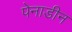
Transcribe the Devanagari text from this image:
पेनाडीन